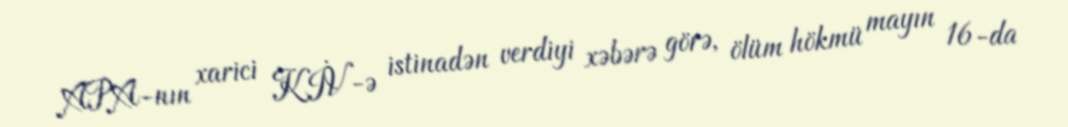
APA-nın xarici KİV-ə istinadən verdiyi xəbərə görə, ölüm hökmü mayın 16-da